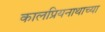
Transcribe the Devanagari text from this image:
कालप्रियनाथाच्या